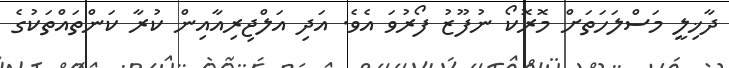
ދާޚިލީ މަސްލަހަތަށް މޮރޮކޯ ނުފޫޒު ފޯރުވަ އެވެ. އަދި އަލްޖިރިއާއިން ކުރާ ކަންތައްތަކުގެ